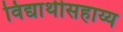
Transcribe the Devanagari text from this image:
विद्यार्थीसहाय्य